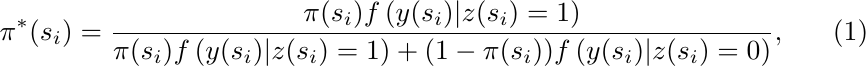
\begin{equation}
\pi^*(s_i) = \frac{\pi(s_i)f\left(y(s_i)| z(s_i) =1\right)}{\pi(s_i)f\left(y(s_i)| z(s_i) =1\right) + (1-\pi(s_i))f\left(y(s_i)| z(s_i) =0\right)},
\end{equation}